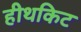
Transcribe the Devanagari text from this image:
हीथकिट